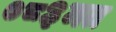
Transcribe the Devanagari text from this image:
०८३मत